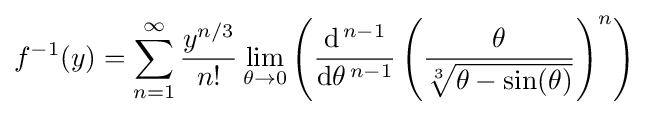
f^{-1}(y)=\sum _{n=1}^{\infty }{\frac {y^{n/3}}{n!}}\lim _{\theta \to 0}\left({\frac {\mathrm {d} ^{\,n-1}}{\mathrm {d} \theta ^{\,n-1}}}\left({\frac {\theta }{\sqrt[{3}]{\theta -\sin(\theta )}}}\right)^{n}\right)